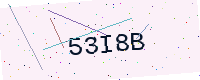
Text: 53I8B